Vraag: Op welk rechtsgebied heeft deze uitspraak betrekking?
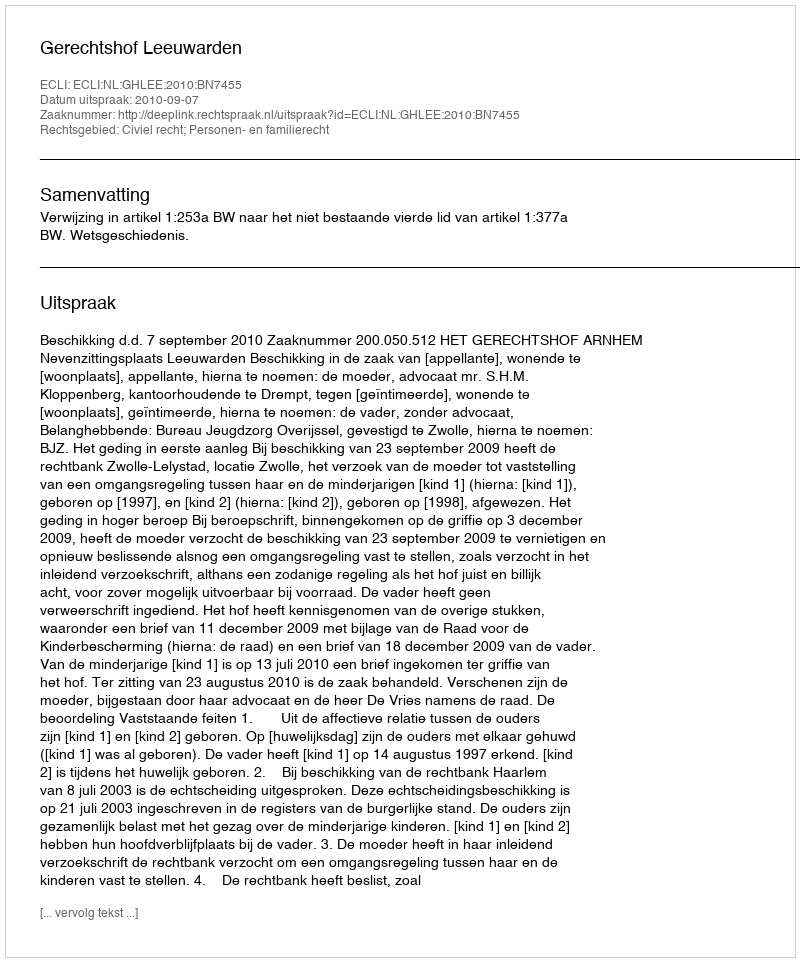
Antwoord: Civiel recht; Personen- en familierecht